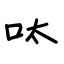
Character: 呔